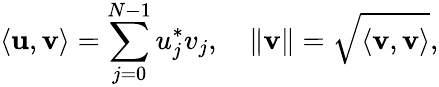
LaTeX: \langle{\mathbf u},{\mathbf v}\rangle=\sum_{j=0}^{N-1}{u}_{j}^{*}v_{j},\quad\| {\mathbf v}\| =\sqrt{\langle{\mathbf v},{\mathbf v}\rangle},